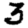
Digit: 3